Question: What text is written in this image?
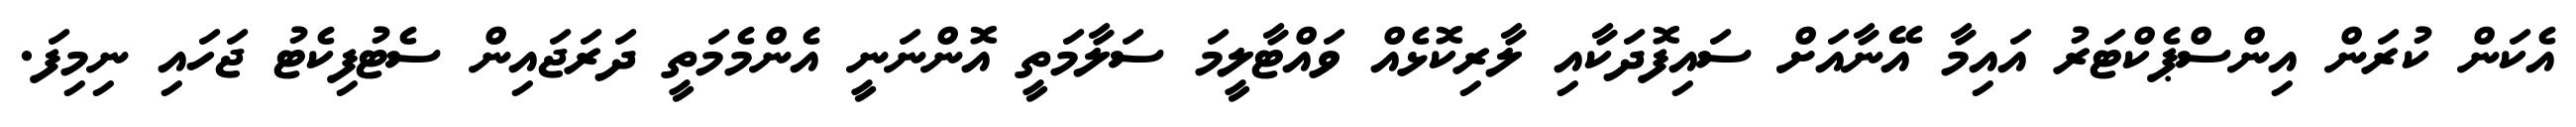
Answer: އެކަން ކުރަން އިންސްޕެކްޓަރު އައިމާ އޭނާއަށް ސައިފޮދަކާއި ލާރިކޮޅެއް ވައްޓާލީމަ ސަލާމަތީ އޮންނަނީ އެންމެމަތީ ދަރަޖައިން ސެޓުފިކެޓު ޖަހައި ނިމިފަ.